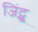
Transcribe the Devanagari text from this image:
जिंट्सू